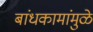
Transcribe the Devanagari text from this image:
बांधकामांमुळे